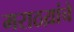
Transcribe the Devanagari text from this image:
मराठय़ांचे